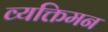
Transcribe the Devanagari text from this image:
व्यक्तिमन